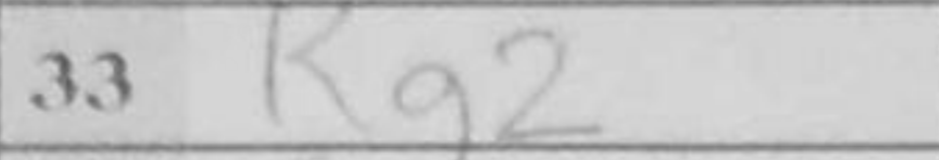
Transcription: Kg2